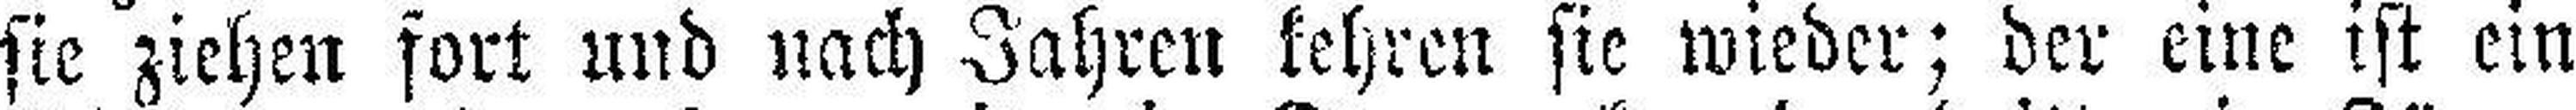
sie ziehen fort und nach Jahren kehren sie wieder; der eine ist ein